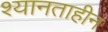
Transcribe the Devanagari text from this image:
श्यानताहीन